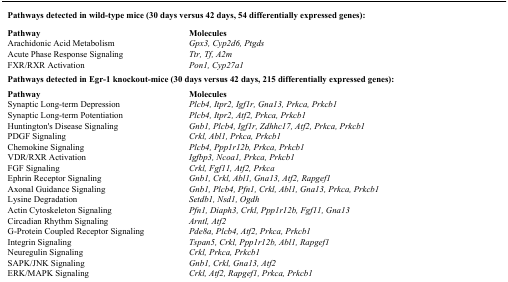
<table><thead><tr><td colspan="2"><b>Pathways detected in wild-type mice (30 days versus 42 days, 54 differentially expressed genes):</b></td></tr></thead><tbody><tr><td><b>Pathway</b></td><td><b>Molecules</b></td></tr><tr><td>Arachidonic Acid Metabolism</td><td><i>Gpx3, Cyp2d6, Ptgds</i></td></tr><tr><td>Acute Phase Response Signaling</td><td><i>Ttr, Tf, A2m</i></td></tr><tr><td>FXR/RXR Activation</td><td><i>Pon1, Cyp27a1</i></td></tr><tr><td colspan="2"><b>Pathways detected in Egr-1 knockout-mice (30 days versus 42 days, 215 differentially expressed genes):</b></td></tr><tr><td><b>Pathway</b></td><td><b>Molecules</b></td></tr><tr><td>Synaptic Long-term Depression</td><td><i>Plcb4, Itpr2, Igf1r, Gna13, Prkca, Prkcb1</i></td></tr><tr><td>Synaptic Long-term Potentiation</td><td><i>Plcb4, Itpr2, Atf2, Prkca, Prkcb1</i></td></tr><tr><td>Huntington&#x27;s Disease Signaling</td><td><i>Gnb1, Plcb4, Igf1r, Zdhhc17, Atf2, Prkca, Prkcb1</i></td></tr><tr><td>PDGF Signaling</td><td><i>Crkl, Abl1, Prkca, Prkcb1</i></td></tr><tr><td>Chemokine Signaling</td><td><i>Plcb4, Ppp1r12b, Prkca, Prkcb1</i></td></tr><tr><td>VDR/RXR Activation</td><td><i>Igfbp3, Ncoa1, Prkca, Prkcb1</i></td></tr><tr><td>FGF Signaling</td><td><i>Crkl, Fgf11, Atf2, Prkca</i></td></tr><tr><td>Ephrin Receptor Signaling</td><td><i>Gnb1, Crkl, Abl1, Gna13, Atf2, Rapgef1</i></td></tr><tr><td>Axonal Guidance Signaling</td><td><i>Gnb1, Plcb4, Pfn1, Crkl, Abl1, Gna13, Prkca, Prkcb1</i></td></tr><tr><td>Lysine Degradation</td><td><i>Setdb1, Nsd1, Ogdh</i></td></tr><tr><td>Actin Cytoskeleton Signaling</td><td><i>Pfn1, Diaph3, Crkl, Ppp1r12b, Fgf11, Gna13</i></td></tr><tr><td>Circadian Rhythm Signaling</td><td><i>Arntl, Atf2</i></td></tr><tr><td>G-Protein Coupled Receptor Signaling</td><td><i>Pde8a, Plcb4, Atf2, Prkca, Prkcb1</i></td></tr><tr><td>Integrin Signaling</td><td><i>Tspan5, Crkl, Ppp1r12b, Abl1, Rapgef1</i></td></tr><tr><td>Neuregulin Signaling</td><td><i>Crkl, Prkca, Prkcb1</i></td></tr><tr><td>SAPK/JNK Signaling</td><td><i>Gnb1, Crkl, Gna13, Atf2</i></td></tr><tr><td>ERK/MAPK Signaling</td><td><i>Crkl, Atf2, Rapgef1, Prkca, Prkcb1</i></td></tr></tbody></table>